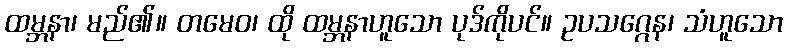
ထမ္ဘနာ၊ မည်၏။ တမေဝ၊ ထို ထမ္ဘနာဟူသော ပုဒ်ကိုပင်။ ဥပသဂ္ဂေန၊ သံဟူသော